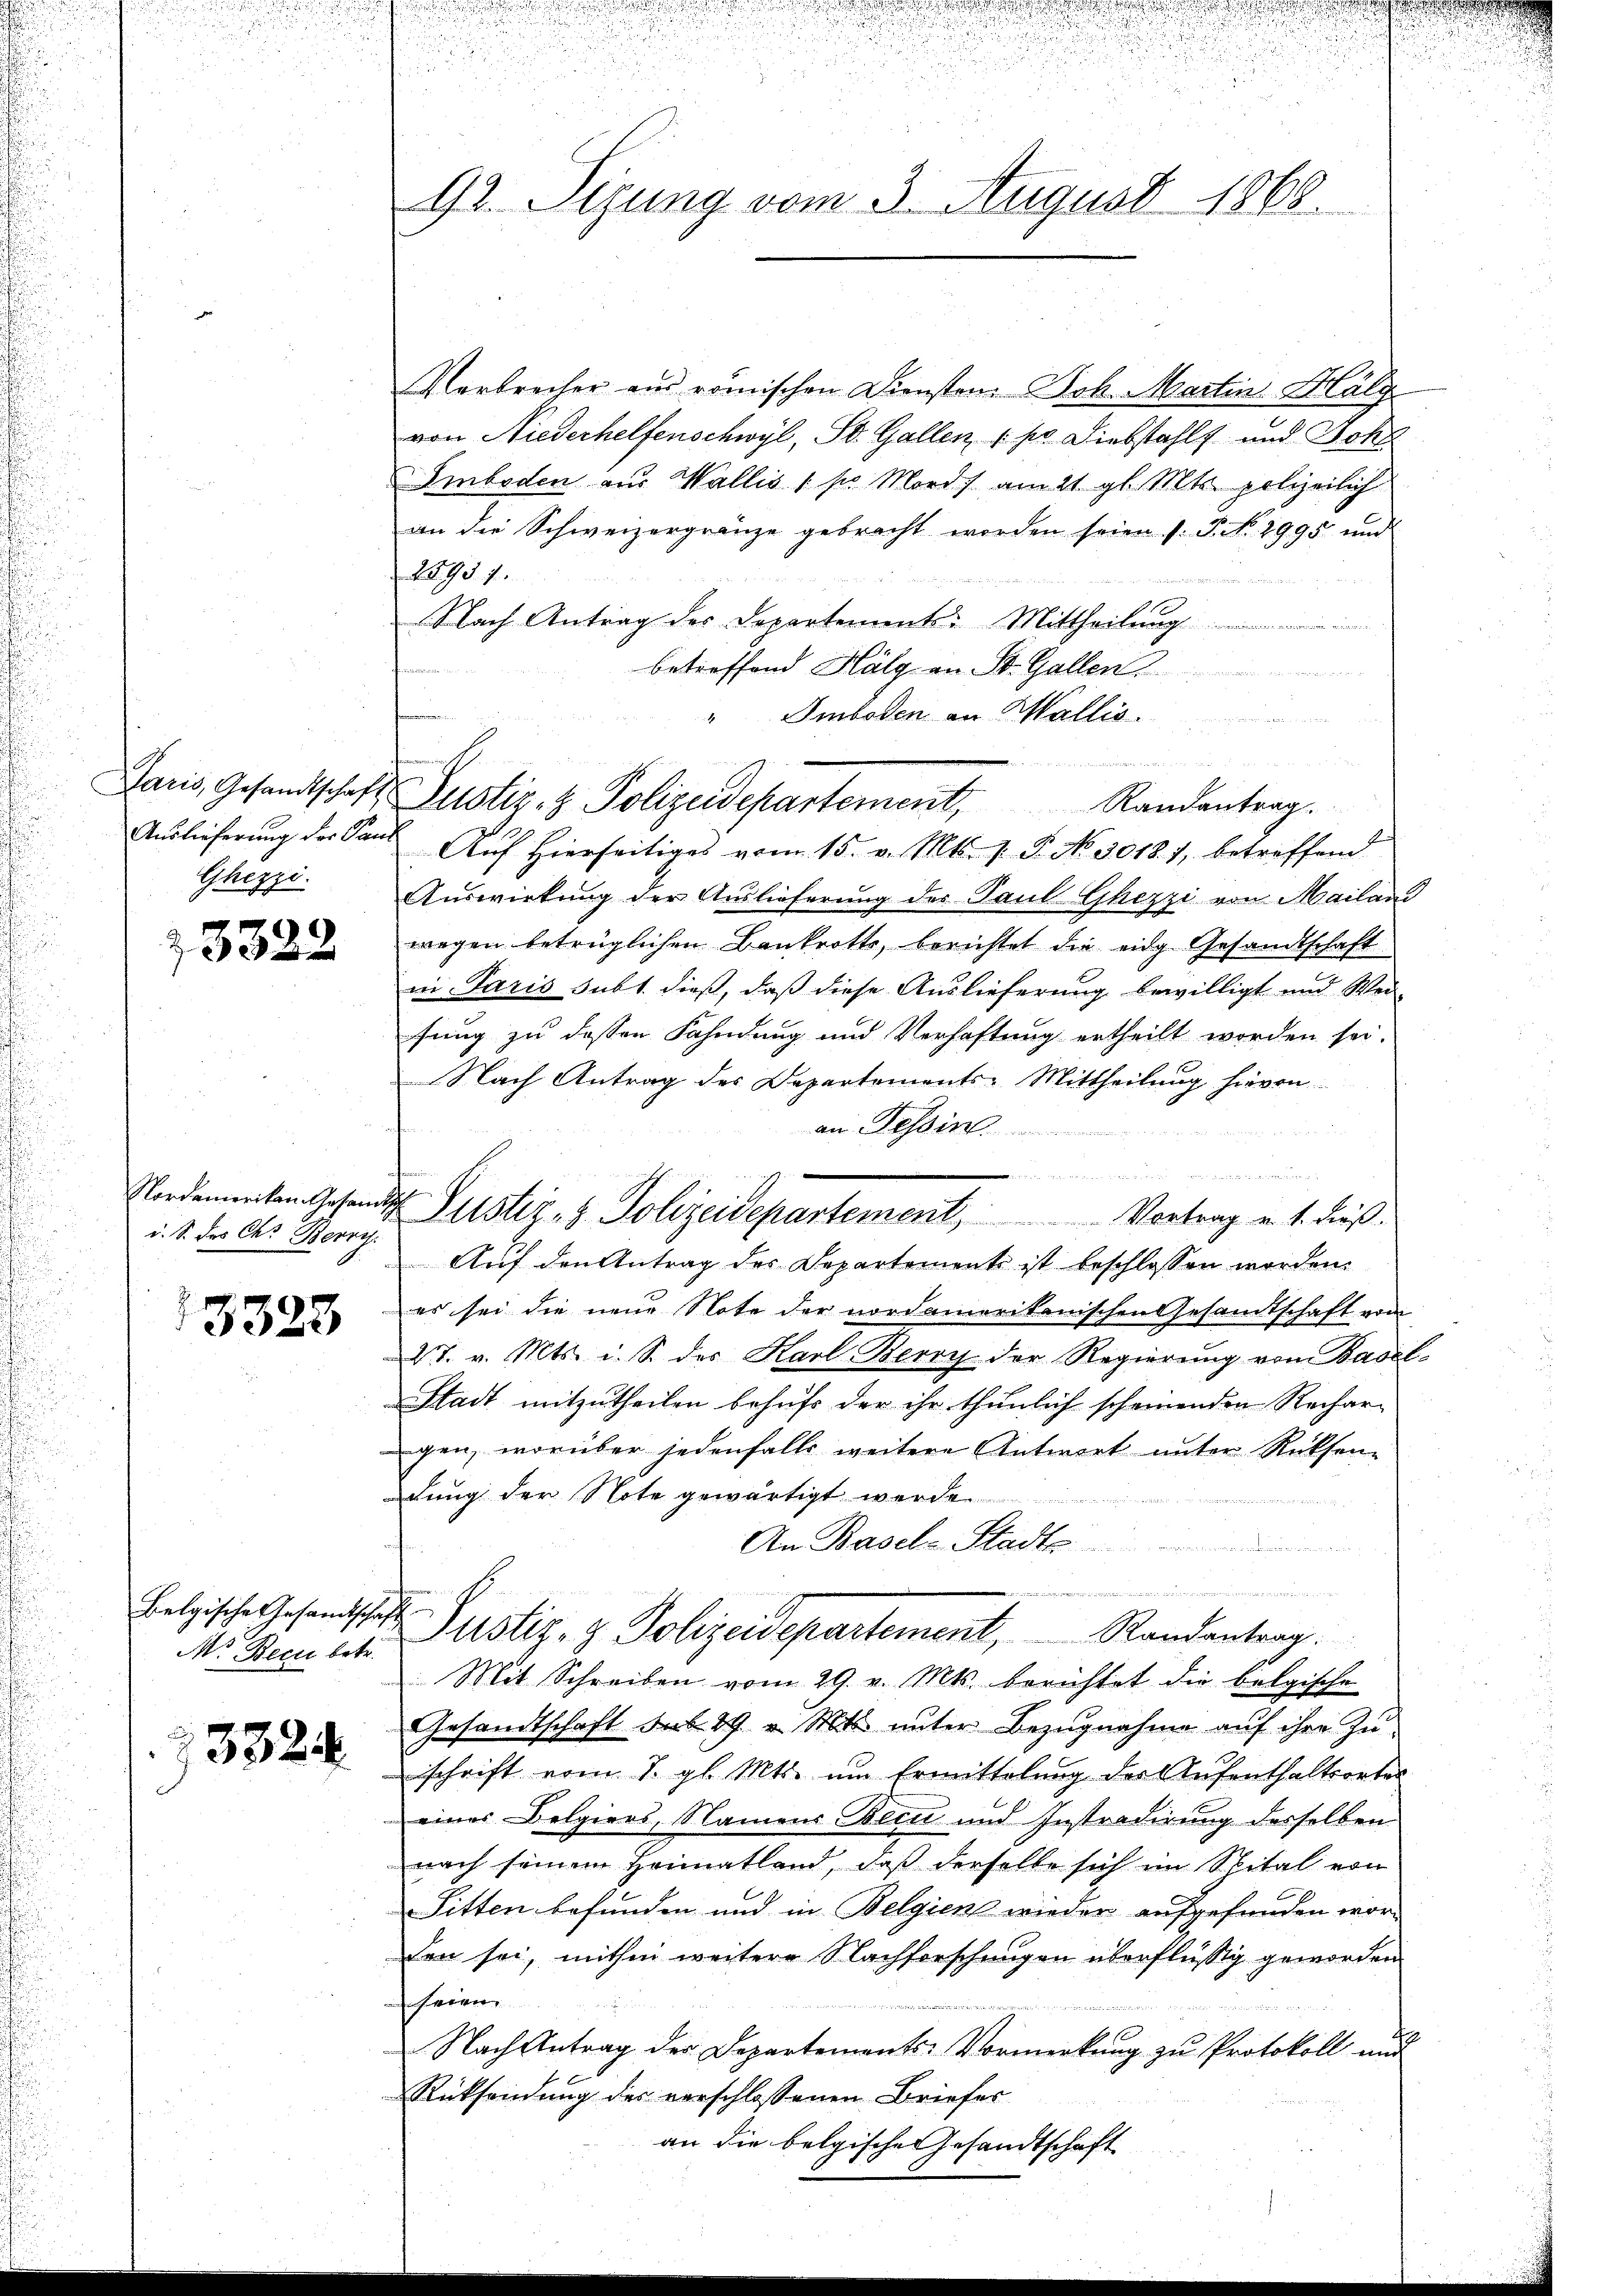
Ghezzi.
23322

4

i. S. des C. Berry

13323

Belgische Gesandtschaft

3324

92. Seizung vom 3. August 1868.

Verbrecher aus römischen Diensten Joh. Martin Hälf
von Niederhelfenschwyl, St. Gallen (so Diebstahls und Bohl
Emboden aus Wallis 1 pro Mord am 21. gl. Mts. polizeilich
an die Schweizergränze gebracht worden seien (s. S. No. 2995 und
25937.

Nach Antrag des Departements: Mittheilung ..........
betreffend Halg an St. Gallen.
d
Imboden an Wallis.
Auslieferung des Sand Auf hierseitiges vom 15. v. Mts. s. S. No 30181, betreffend
Auswirkung der Auslieferung des Paul Ghezzi von Mailand
wegen betrüglichen Bankrotts, berichtet die eidg. Gesandtschaft
in Paris subt dieß, daß diese Auslieferung bewilligt und Wei-
fung zu dessen Fahndung und Verhaftung ertheilt worden sei.
Nach Antrag des Departements-Mittheilung hievon
an Tessin.
Auf den Antrag des Departements ist beschlossen worden.
er sei die neue Note der nordamerikanischen Gesamtschaft vom
27. v. Mts. i. S. des Karl Berry der Regierung vom Basel-
Stadt mitzutheilen behufs der ihr thunlich scheinenden Rechargen, worüber jedenfalls weitere Antwort unter Rücksen
dung der Note gewärtigt werde.
An Basel-Stadt
.
M. Bern et. Justiz- & Polizeidepartement, Randantrag.
Mit Schreiben vom 29. v. Mts. berichtet die belgische
Gesandtschaft sub 29. v. Mts. unter Bezŭgnahme aŭf ihre Zu-
schrift vom 7. gl. Mts. um Ermittelung der Aufenthaltsortes
eines Belgiers, Namens Bleu und Instradirung desselben
nach seinem Heimatland, daß derselbe sich im Spital von
Sitten befunden und in Belgien wieder aufgefunden wor-
den sei, mithin weitere Nachforschungen überflüssig geworden
heien
dienen eine
Nach Antrag der Departements-Vormerkung zu Protokoll und
Rücksendung der verschlossenen Briefer
an die belgischen Gesandtschaft

n
Nordenten Gesandt Justiz- & Polizeidepartement, Vortrag v. 1. dieβ.

Paris, Gesandtschaft Zustiz- & Polizeidepartement, Randantrag.